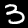
Digit: 3